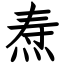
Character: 焘